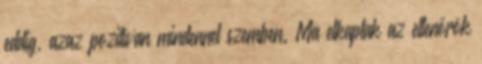
eddig, azaz pozitívan mindennel szemben. Ma elkaptak az ellenőrök